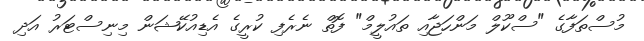
މުސްތަފާގެ "ސްކޫލް މަންހަޖާއި ތައުލީމް" ފޮތް ނެރެފި ކުރީގެ އެޑިއުކޭޝަން މިނިސްޓަރު އަދި